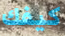
كيفك